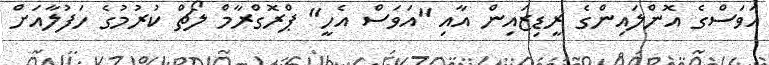
އަވަސްގެ އޮންލައިންގެ ރީޑިޒައިން އާއި "އަވަސް އެހީ" ޕްރޮގްރާމް ލޯޗް ކުުރުމުގެ ހަފުލާއަށް